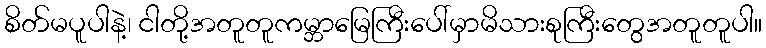
စိတ်မပူပါနဲ့၊ ငါတို့အတူတူကမ္ဘာမြေကြီးပေါ်မှာမိသားစုကြီးတွေအတူတူပါ။